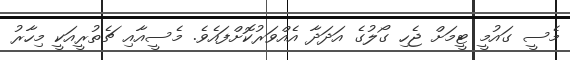
މެސީ ގައުމީ ޓީމަށް ޖެހި ގޯލުގެ އަދަދާ އެއްވަރުކޮށްފައެވެ. މެސީއާއި ޗެތުރީއަކީ މިހާރު